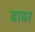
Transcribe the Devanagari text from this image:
बाबर